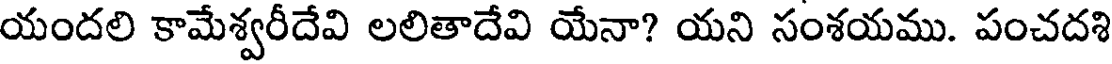
యందలి కామేశ్వరీదేవి లలితాదేవి యేనా? యని సంశయము. పంచదశి